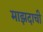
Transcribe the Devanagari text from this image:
माझदाची